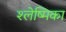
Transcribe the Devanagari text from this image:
श्‍लेष्मिका